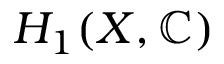
H _ { 1 } ( X , \mathbb { C } )